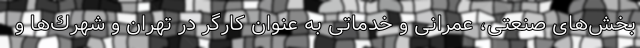
بخش‌های صنعتی، عمرانی و خدماتی به عنوان كارگر در تهران و شهرك‌ها و